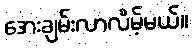
အေးချမ်းလာလိမ့်မယ်။